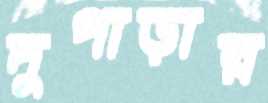
দুপাড়ার